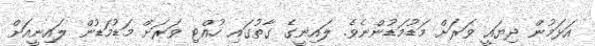
އަޅަމުން ދިޔައީ ވަރަށް މަޑުމަޑުންނެވެ. ލައިނީގެ ގާތުގައި ހުއްޓި ވަރަށް މަޑުމަޑުން ލައިނީއަށް